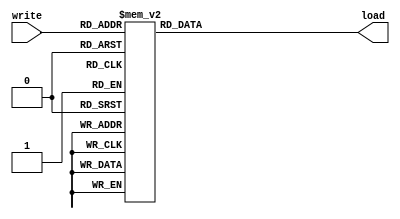
`timescale 1ns / 1ps

module decode3to8( write, load );
  input [2:0] write;
  output [7:0] load;
  reg [7:0] load;

  always @( write )
  begin
    case ( write )
      3'd0: load = 8'b0000_0001;
      3'd1: load = 8'b0000_0010;
      3'd2: load = 8'b0000_0100;
      3'd3: load = 8'b0000_1000;
      3'd4: load = 8'b0001_0000;
      3'd5: load = 8'b0010_0000;
      3'd6: load = 8'b0100_0000;
      3'd7: load = 8'b1000_0000;
    endcase
  end
endmodule